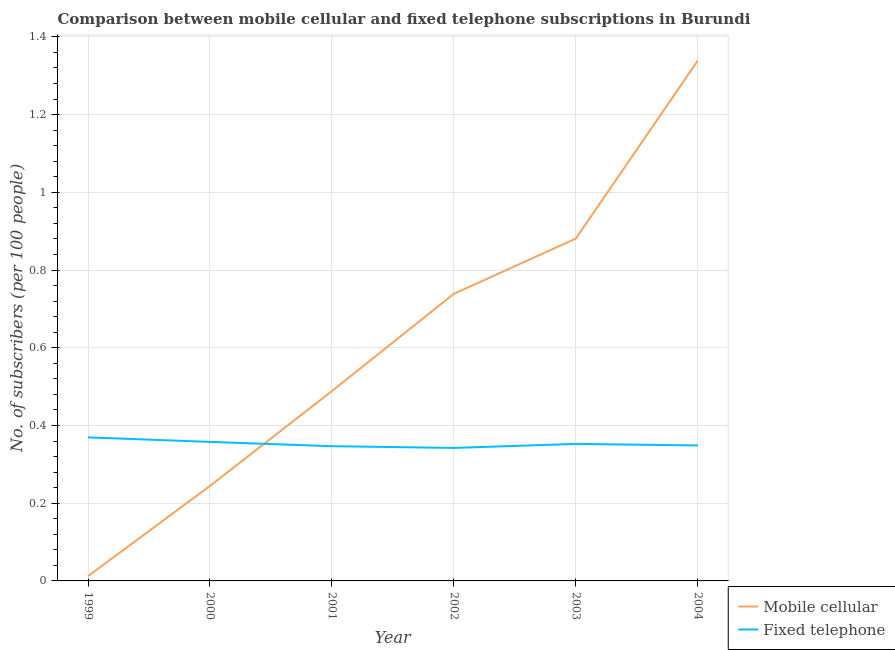
| Year | Mobile cellular | Fixed telephone |
 | --- | --- | --- |
 | 1999 | 0.0122 | 0.369 |
 | 2000 | 0.245 | 0.358 |
 | 2001 | 0.489 | 0.347 |
 | 2002 | 0.739 | 0.342 |
 | 2003 | 0.881 | 0.353 |
 | 2004 | 1.34 | 0.349 |